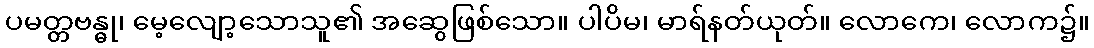
ပမတ္တဗန္ဓု၊ မေ့လျော့သောသူ၏ အဆွေဖြစ်သော။ ပါပိမ၊ မာရ်နတ်ယုတ်။ လောကေ၊ လောက၌။